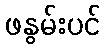
ဖနွမ်းပင်